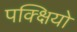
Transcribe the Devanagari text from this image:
पक्क्षियो